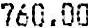
760.00